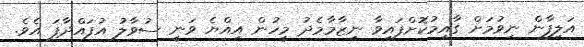
އަލިފާން ނިވުމަށް ގާއިމުކޮށްފައިވާ ނިޒާމާމެދު މީހުން އިއްޔެ ވަނީ ސުވާލު އުފައްދާފަ އެވެ.